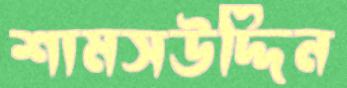
শামসউদ্দিন